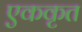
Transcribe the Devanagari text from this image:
एककृत